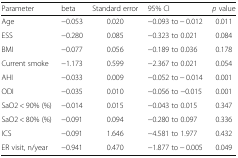
<table><thead><tr><td><b>Parameter</b></td><td><b>beta</b></td><td><b>Standard error</b></td><td><b>95% CI</b></td><td><b><i>p</i> value</b></td></tr></thead><tbody><tr><td>Age</td><td>−0.053</td><td>0.020</td><td>−0.093 to − 0.012</td><td>0.011</td></tr><tr><td>ESS</td><td>−0.280</td><td>0.085</td><td>−0.323 to 0.021</td><td>0.084</td></tr><tr><td>BMI</td><td>−0.077</td><td>0.056</td><td>−0.189 to 0.036</td><td>0.178</td></tr><tr><td>Current smoke</td><td>−1.173</td><td>0.599</td><td>−2.367 to 0.021</td><td>0.054</td></tr><tr><td>AHI</td><td>−0.033</td><td>0.009</td><td>−0.052 to − 0.014</td><td>0.001</td></tr><tr><td>ODI</td><td>−0.035</td><td>0.010</td><td>−0.056 to −0.015</td><td>0.001</td></tr><tr><td>SaO2 &lt; 90% (%)</td><td>−0.014</td><td>0.015</td><td>−0.043 to 0.015</td><td>0.347</td></tr><tr><td>SaO2 &lt; 80% (%)</td><td>−0.091</td><td>0.094</td><td>−0.280 to 0.097</td><td>0.336</td></tr><tr><td>ICS</td><td>−0.091</td><td>1.646</td><td>−4.581 to 1.977</td><td>0.432</td></tr><tr><td>ER visit, n/year</td><td>−0.941</td><td>0.470</td><td>−1.877 to − 0.005</td><td>0.049</td></tr></tbody></table>